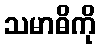
သမာဓိကို